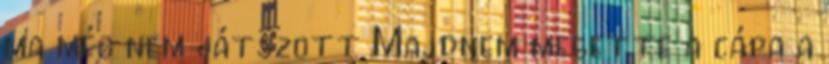
ma még nem játszott Majdnem megette a cápa a